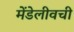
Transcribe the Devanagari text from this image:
मेंडेलीवची